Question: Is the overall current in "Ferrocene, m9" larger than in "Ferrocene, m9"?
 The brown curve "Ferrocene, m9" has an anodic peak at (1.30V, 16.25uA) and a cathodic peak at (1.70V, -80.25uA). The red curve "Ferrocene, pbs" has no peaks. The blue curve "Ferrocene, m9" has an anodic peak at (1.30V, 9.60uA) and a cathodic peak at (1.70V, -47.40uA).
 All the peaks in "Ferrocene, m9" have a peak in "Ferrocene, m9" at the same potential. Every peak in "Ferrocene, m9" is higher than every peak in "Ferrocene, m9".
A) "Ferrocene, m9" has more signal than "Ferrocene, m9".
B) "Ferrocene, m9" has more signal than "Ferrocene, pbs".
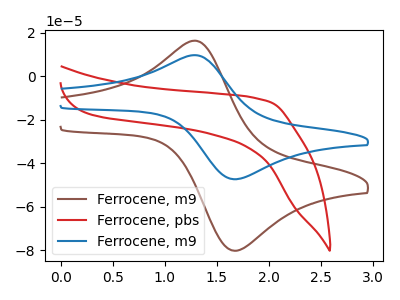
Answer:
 <answer>A) "Ferrocene, m9" has more signal than "Ferrocene, m9".</answer>
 <eval>A</eval>